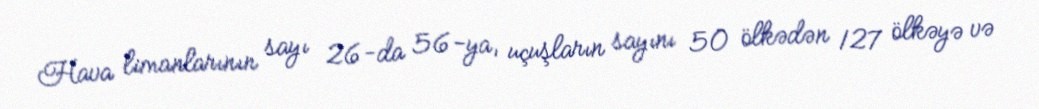
Hava limanlarının sayı 26-da 56-ya, uçuşların sayını 50 ölkədən 127 ölkəyə və